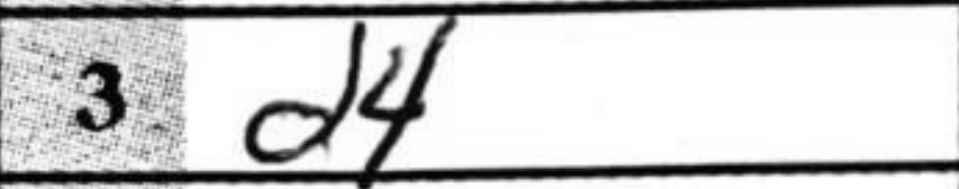
Transcription: d4